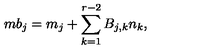
m b _ { j } = m _ { j } + \sum _ { k = 1 } ^ { r - 2 } B _ { j , k } n _ { k } ,